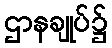
ဌာနချုပ်၌